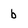
Character: b